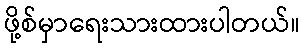
ဖို့စ်မှာရေးသားထားပါတယ်။